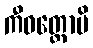
ကီဝတ္ထောပိ